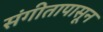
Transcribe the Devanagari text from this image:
संगीतापासून